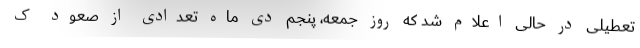
تعطیلی در حالی اعلام شد که روز جمعه، پنجم دی ماه تعدادی از صعود ک